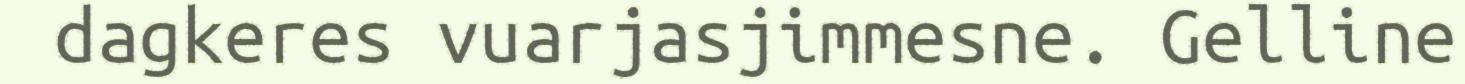
dagkeres vuarjasjimmesne. Gelline